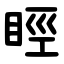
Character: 䀴